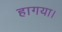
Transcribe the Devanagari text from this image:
हागया।